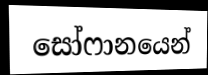
සෝෆානයෙන්